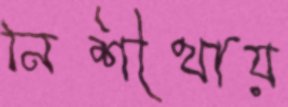
নিশীথায়